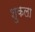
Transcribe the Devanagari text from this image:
शुकला